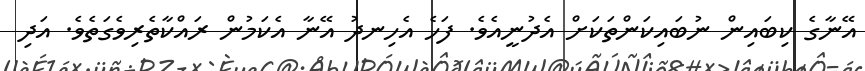
އޭނާގެ ކިބައިން ނުބައިކަންތަކަށް އެދުނީއެވެ. ފަހެ އެހިނދު އޭނާ އެކަމުން ރައްކާތެރިވެގަތެވެ. އަދި